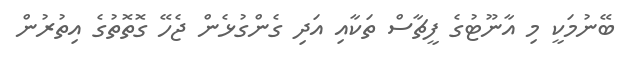
ބޭނުމަކީ މި އާނޫޓުގެ ފީޗާސް ތަކާއި އަދި ގެންގުޅެން ޖެހޭ ގޮތޮތުގެ އިތުރުން